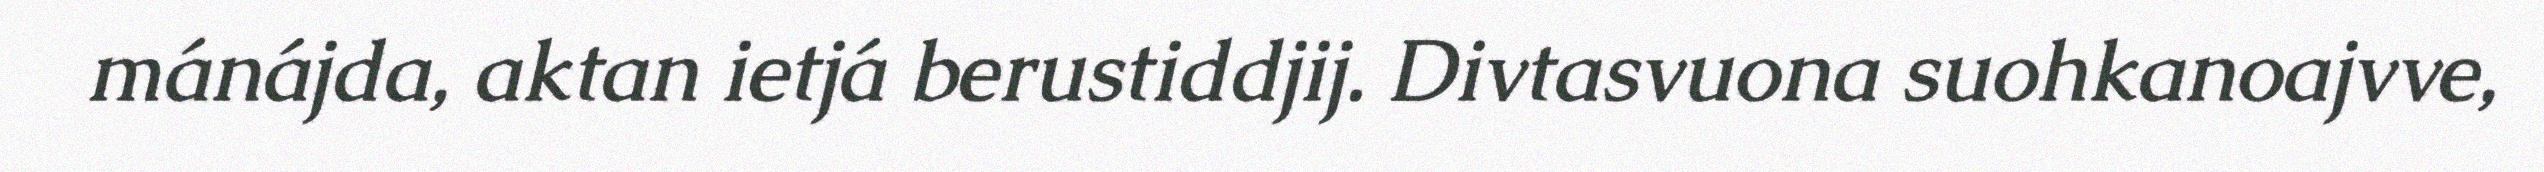
mánájda, aktan ietjá berustiddjij. Divtasvuona suohkanoajvve,